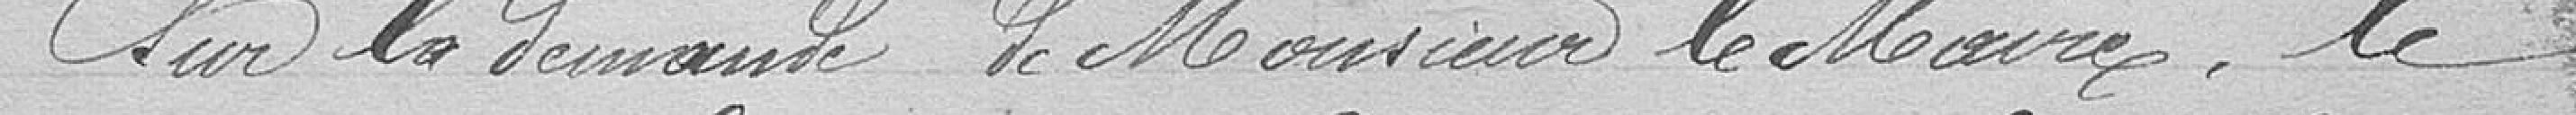
Sur la demande de Monsieur le Maire, le